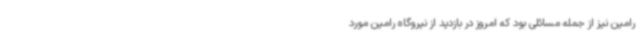
رامین نیز از جمله مسائلی بود که امروز در بازدید از نیروگاه رامین مورد